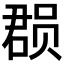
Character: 𮷐